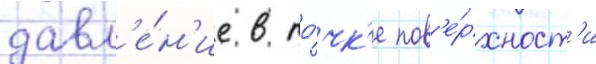
давл'е́н'ие в то́чк'е пов'е́рхност'и